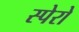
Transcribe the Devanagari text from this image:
स्पेरो